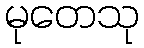
မုတေသု